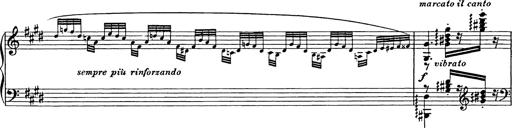
Title: Consolations
Composer: Franz Liszt